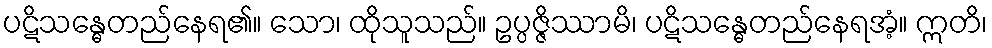
ပဋိသန္ဓေတည်နေရ၏။ သော၊ ထိုသူသည်။ ဥပ္ပဇ္ဇိဿာမိ၊ ပဋိသန္ဓေတည်နေရအံ့။ ဣတိ၊